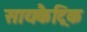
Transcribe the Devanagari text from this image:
सायकैट्रिक